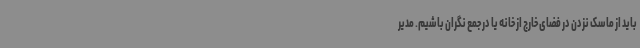
باید از ماسک نزدن در فضای خارج از خانه یا در جمع نگران باشیم. مدیر